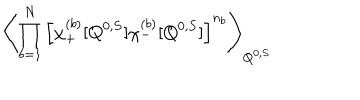
\left\langle \prod _ { b = 1 } ^ { N } \left[ \chi _ { + } ^ { ( b ) } [ Q ^ { 0 , S } ] \chi _ { - } ^ { ( b ) } [ Q ^ { 0 , S } ] \right] ^ { n _ { b } } \right\rangle _ { Q ^ { 0 , S } } \;